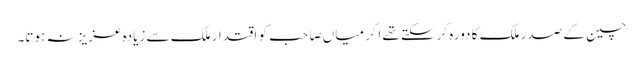
چین کے صدر ملک کا دورہ کرسکتے تھے اگر میاںصاحب کو اقتدار ملک سے زیادہ عزیز نہ ہوتا۔